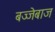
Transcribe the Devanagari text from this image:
बज्जेबाज